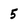
Character: 5